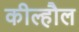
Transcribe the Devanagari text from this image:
कील्हौल